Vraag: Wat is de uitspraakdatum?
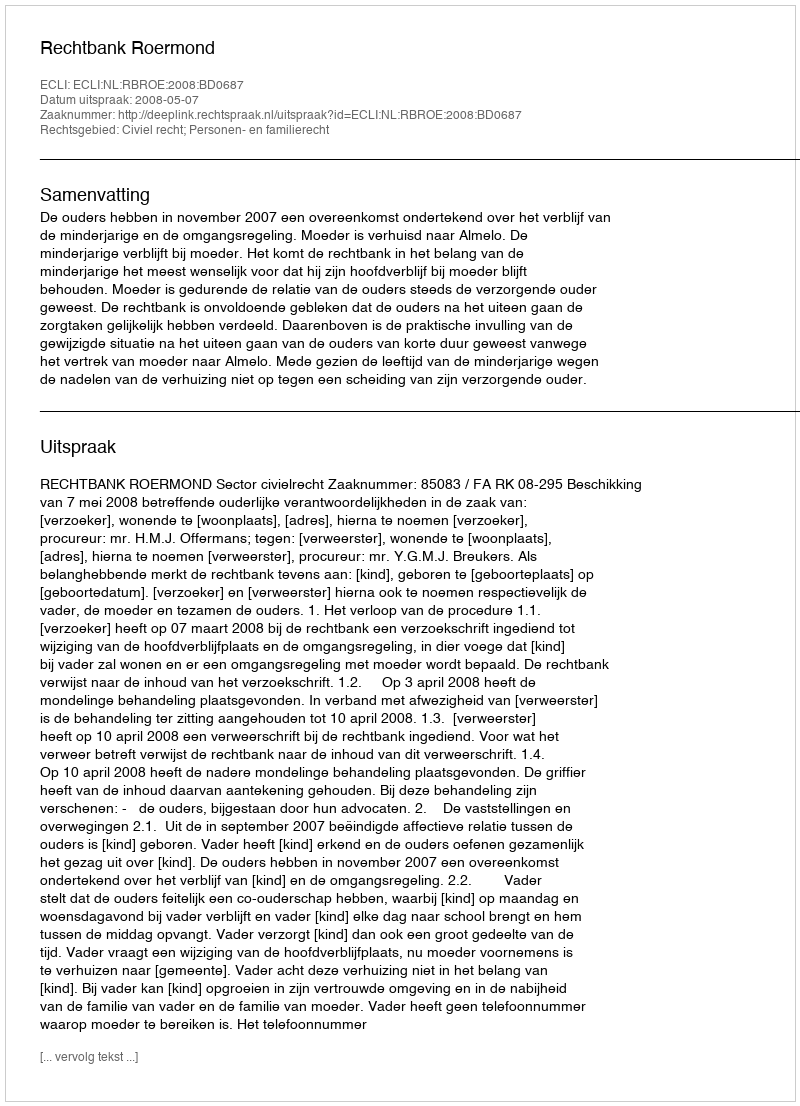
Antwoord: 2008-05-07